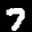
Label: 7